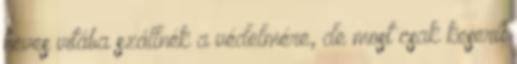
heves vitába szállnék a védelmére, de most csak keserű